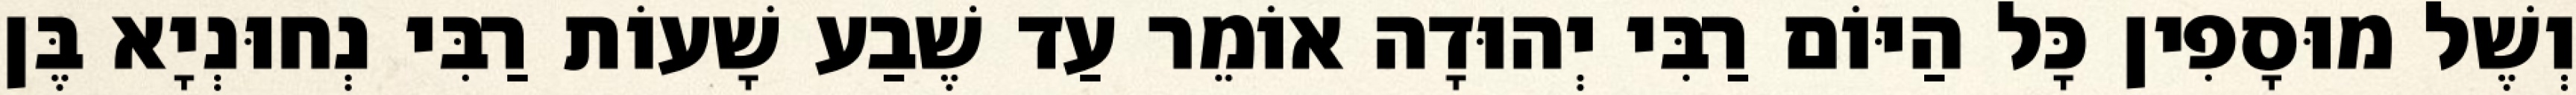
וְשֶׁל מוּסָפִין כָּל הַיּוֹם רַבִּי יְהוּדָה אוֹמֵר עַד שֶׁבַע שָׁעוֹת רַבִּי נְחוּנְיָא בֶּן